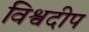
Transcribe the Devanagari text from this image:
विश्वदीप